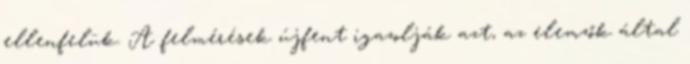
ellenfelük. A felmérések újfent igazolják azt, az elemzők által